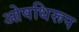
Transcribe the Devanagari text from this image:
ओषधिरूप